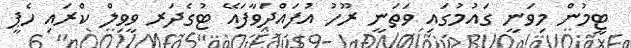
ޓީމުން މިވަނީ ގައުމުގައި ވަތަނީ ރޫހު އުފައްދަވާފައޭ ޓުގެދަރ ވީވިލް ކްރައި ހެޕީ